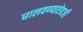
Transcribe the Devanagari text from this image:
घालवण्याऐवजी